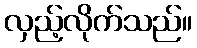
လှည့်လိုက်သည်။